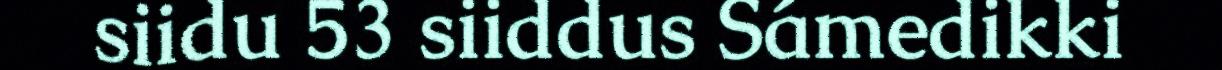
siidu 53 siiddus Sámedikki